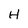
Character: H